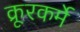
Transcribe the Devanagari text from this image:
क्रूरकर्मे